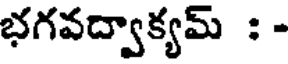
భగవద్వాక్యమ్ : -